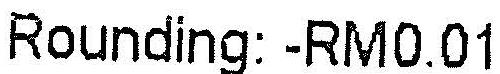
ROUNDING: -RM0.01